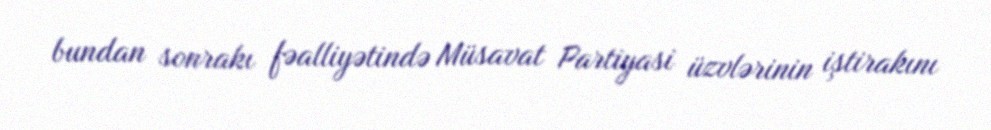
bundan sonrakı fəalliyətində Müsavat Partiyasi üzvlərinin iştirakını